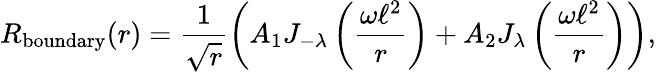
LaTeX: R_{\mathrm{boundary}}(r)=\frac{1}{\sqrt{r}}\left(A_{\mathrm{1}}J_{-\lambda}\left(\frac{\omega\ell^{2}}{r}\right)+A_{\mathrm{2}}J_{\lambda}\left(\frac{\omega\ell^{2}}{r}\right)\right),